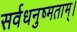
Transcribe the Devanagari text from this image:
सर्वधनुष्मताम्‌।